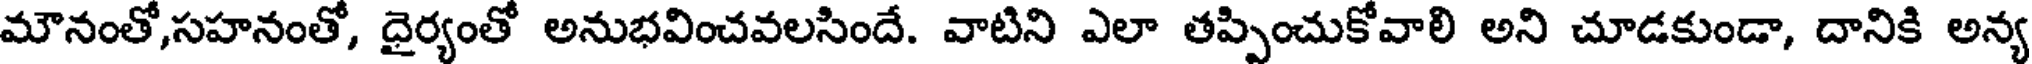
మౌనంతో,సహనంతో, ధైర్యంతో అనుభవించవలసిందే. వాటిని ఎలా తప్పించుకోవాలి అని చూడకుండా, దానికి అన్య